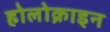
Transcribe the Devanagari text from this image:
होलोक्राइन